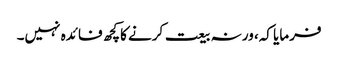
فرمایا کہ، ورنہ بیعت کرنے کاکچھ فائدہ نہیں۔